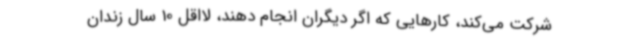
شرکت می‌کند، کارهایی که اگر دیگران انجام دهند، لااقل 10 سال زندان